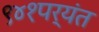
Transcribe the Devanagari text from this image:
९४१पर्यंत